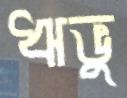
ঋভু